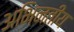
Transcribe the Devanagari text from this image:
अभिनतीय